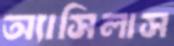
অ্যাসিলাস